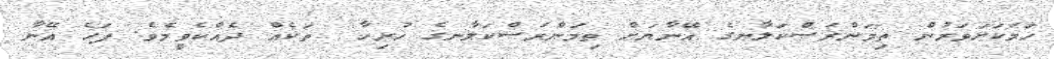
ހަމަކަށަވަރުން ތިމަންރަސްކަލާނގެ އޭނާޔަށް ތިމަންރަސްކަލާނގެ ހުރިހާ  ތަކެއް ދެއްކެވީމެވެ. ފަހެ އޭނާ